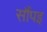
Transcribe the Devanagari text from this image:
सौंपइ